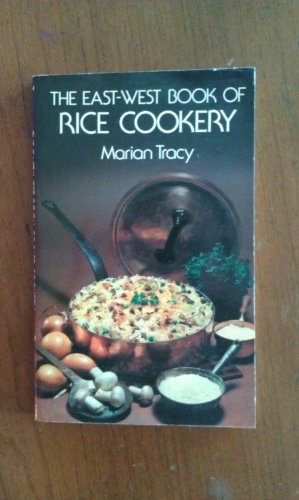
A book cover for The East-West Book of Rice Cookery; Marian Coward Tracy; Cookbooks, Food & Wine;